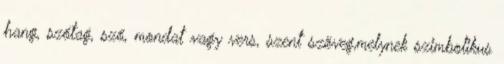
hang, szótag, szó, mondat vagy vers, szent szöveg,melynek szimbolikus